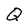
Character: Q